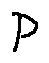
p